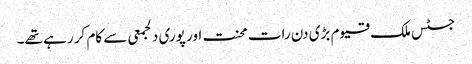
جسٹس ملک قیوم بڑی دن رات محنت اور پوری دلجمعی سے کام کر رہے تھے۔